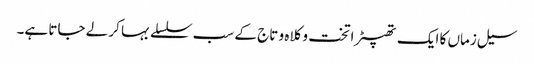
سیل زماں کا ایک تھپیڑا تخت و کلاہ و تاج کے سب سلسلے بہا کر لے جاتا ہے۔